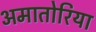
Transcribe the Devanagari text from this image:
अमातोरिया